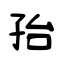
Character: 孡